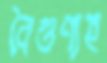
বৈগুণ্যহ